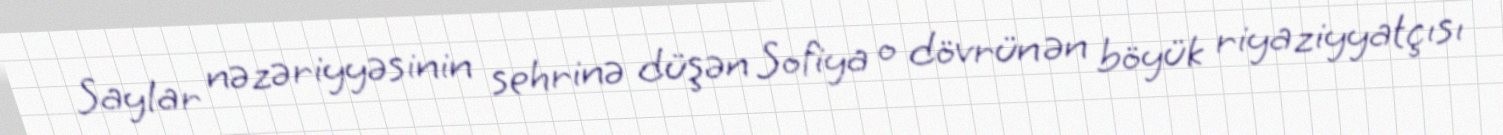
Saylar nəzəriyyəsinin sehrinə düşən Sofiya o dövrün ən böyük riyaziyyatçısı